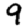
Digit: 9